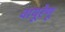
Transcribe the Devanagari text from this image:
वायूरेणू